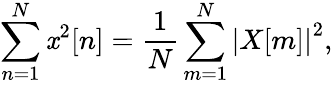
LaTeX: \sum_{n=1}^{N}{\mathit{x}^{2}[n]}={\frac{{1}}{{N}}}\sum_{m=1}^{N}\left|X[m]\right|^{2},